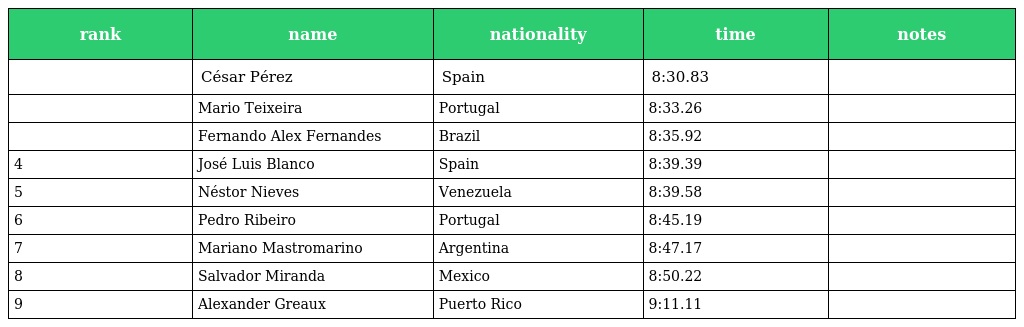
| rank | name | nationality | time | notes |
 | --- | --- | --- | --- | --- |
 |  | César Pérez | Spain | 8:30.83 |  |
 |  | Mario Teixeira | Portugal | 8:33.26 |  |
 |  | Fernando Alex Fernandes | Brazil | 8:35.92 |  |
 | 4 | José Luis Blanco | Spain | 8:39.39 |  |
 | 5 | Néstor Nieves | Venezuela | 8:39.58 |  |
 | 6 | Pedro Ribeiro | Portugal | 8:45.19 |  |
 | 7 | Mariano Mastromarino | Argentina | 8:47.17 |  |
 | 8 | Salvador Miranda | Mexico | 8:50.22 |  |
 | 9 | Alexander Greaux | Puerto Rico | 9:11.11 |  |